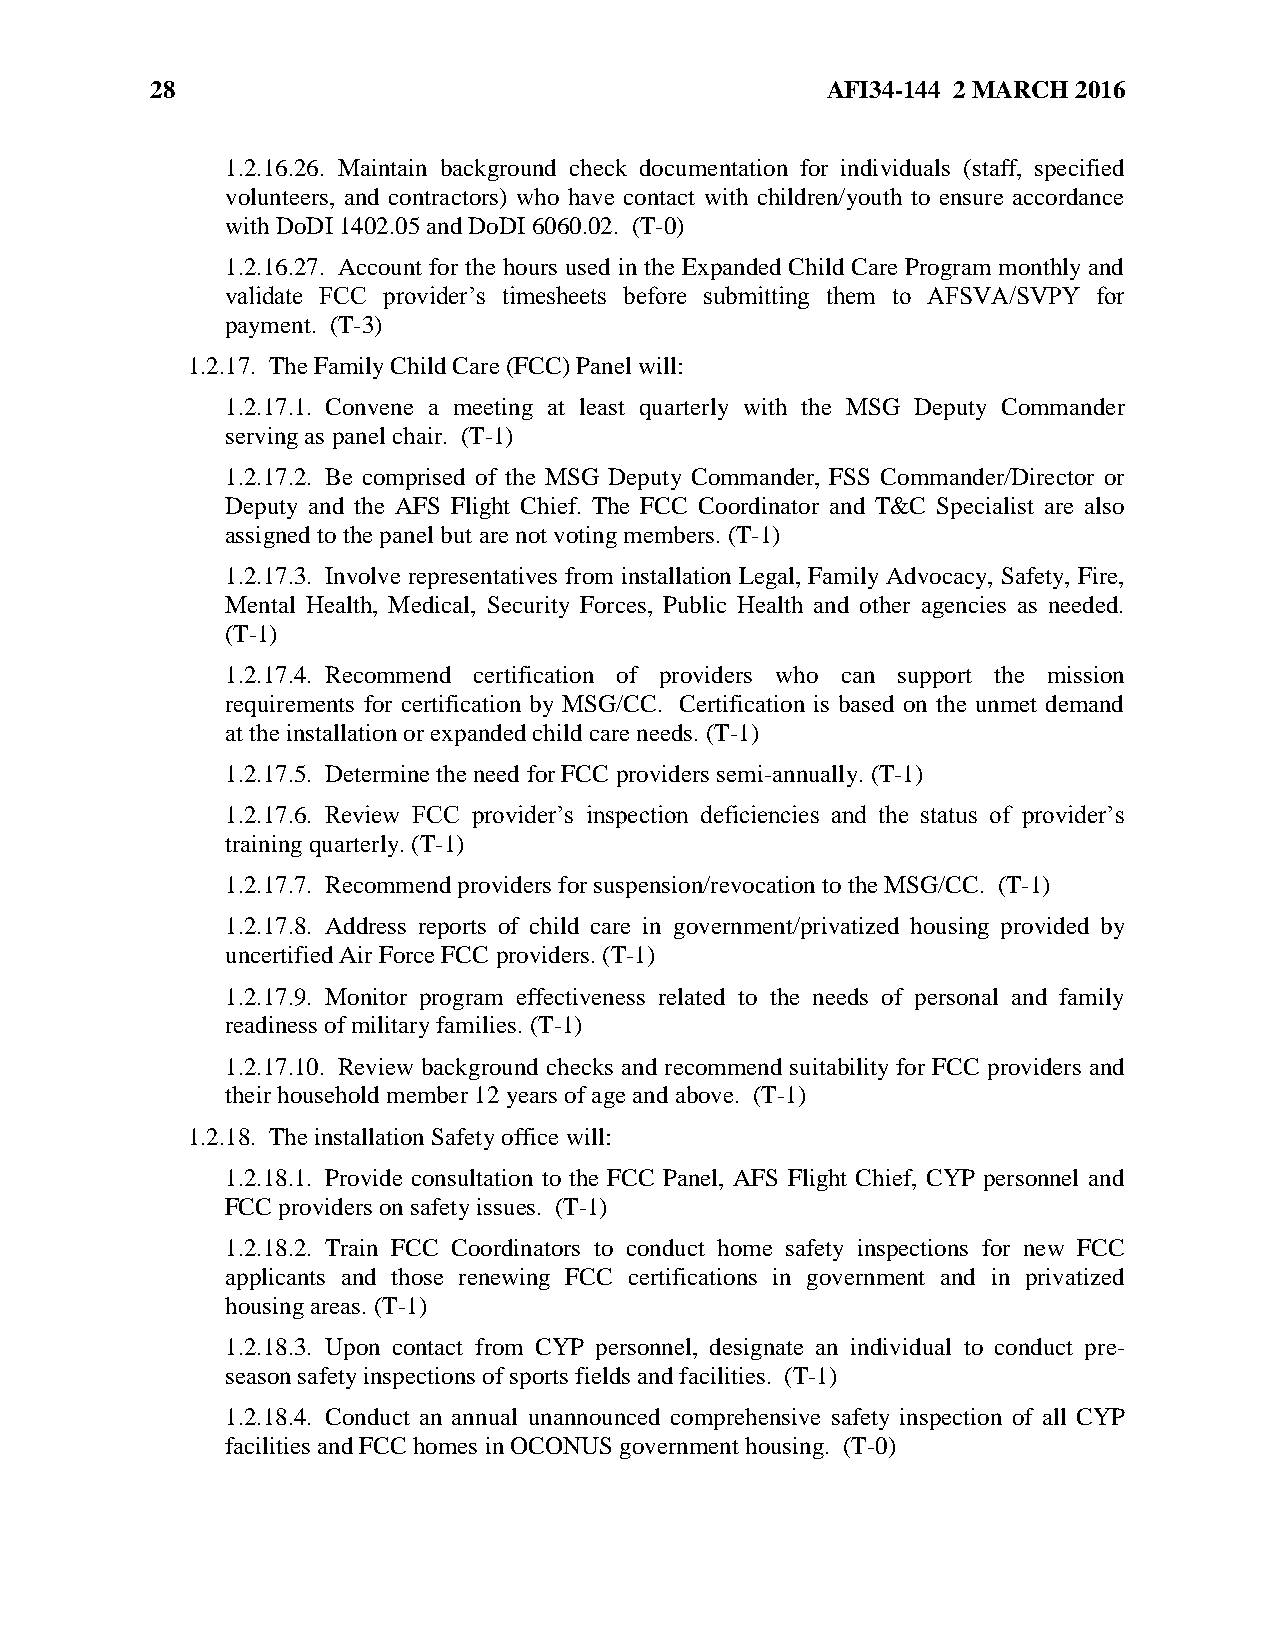
28                                           AFI34-144 2 MARCH 2016
 1.2.16.26. Maintain background check documentation for individuals (staff, specified
 volunteers, and contractors) who have contact with children/youth to ensure accordance
 with DoDI 1402.05 and DoDI 6060.02. (T-0)
 1.2.16.27. Account for the hours used in the Expanded Child Care Program monthly and
 validate FCC provider’s timesheets before submitting them to AFSVA/SVPY for
 payment. (T-3)
 1.2.17. The Family Child Care (FCC) Panel will:
 1.2.17.1. Convene a meeting at least quarterly with the MSG Deputy Commander
 serving as panel chair. (T-1)
 1.2.17.2. Be comprised of the MSG Deputy Commander, FSS Commander/Director or
 Deputy and the AFS Flight Chief. The FCC Coordinator and T&C Specialist are also
 assigned to the panel but are not voting members. (T-1)
 1.2.17.3. Involve representatives from installation Legal, Family Advocacy, Safety, Fire,
 Mental Health, Medical, Security Forces, Public Health and other agencies as needed.
 (T-1)
 1.2.17.4. Recommend certification of providers who can support the mission
 requirements for certification by MSG/CC. Certification is based on the unmet demand
 at the installation or expanded child care needs. (T-1)
 1.2.17.5. Determine the need for FCC providers semi-annually. (T-1)
 1.2.17.6. Review FCC provider’s inspection deficiencies and the status of provider’s
 training quarterly. (T-1)
 1.2.17.7. Recommend providers for suspension/revocation to the MSG/CC. (T-1)
 1.2.17.8. Address reports of child care in government/privatized housing provided by
 uncertified Air Force FCC providers. (T-1)
 1.2.17.9. Monitor program effectiveness related to the needs of personal and family
 readiness of military families. (T-1)
 1.2.17.10. Review background checks and recommend suitability for FCC providers and
 their household member 12 years of age and above. (T-1)
 1.2.18. The installation Safety office will:
 1.2.18.1. Provide consultation to the FCC Panel, AFS Flight Chief, CYP personnel and
 FCC providers on safety issues. (T-1)
 1.2.18.2. Train FCC Coordinators to conduct home safety inspections for new FCC
 applicants and those renewing FCC certifications in government and in privatized
 housing areas. (T-1)
 1.2.18.3. Upon contact from CYP personnel, designate an individual to conduct pre-
 season safety inspections of sports fields and facilities. (T-1)
 1.2.18.4. Conduct an annual unannounced comprehensive safety inspection of all CYP
 facilities and FCC homes in OCONUS government housing. (T-0)